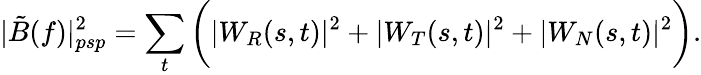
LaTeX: |\tilde{B}(f)|_{psp}^{2}=\sum_{t}\bigg(|W_{R}(s,t)|^{2}+|W_{T}(s,t)|^{2}+|W_{N}(s,t)|^{2}\bigg).